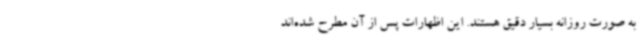
به صورت روزانه بسیار دقیق هستند. این اظهارات پس از آن مطرح شده‌اند